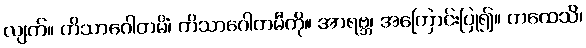
လျက်။ ကိသာဂေါတမိံ၊ ကိသာဂေါတမီကို။ အာရဗ္ဘ၊ အကြောင်းပြု၍။ ကထေသိ၊